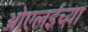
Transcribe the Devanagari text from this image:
ओएलईच्या